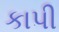
કાપી